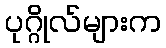
ပုဂ္ဂိုလ်များက